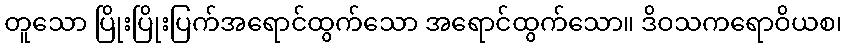
တူသော ပြိုးပြိုးပြက်အရောင်ထွက်သော အရောင်ထွက်သော။ ဒိဝသကရောဝိယစ၊